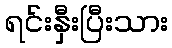
ရင်းနှီးပြီးသား